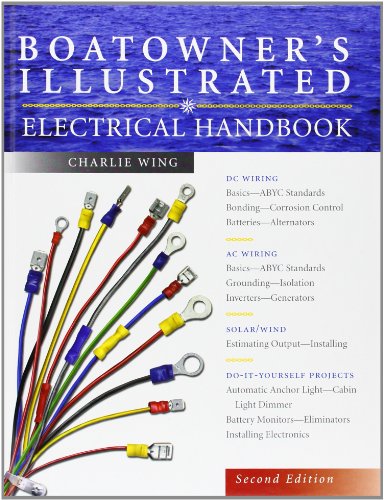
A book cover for Boatowner's Illustrated Electrical Handbook; Charlie Wing; Engineering & Transportation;